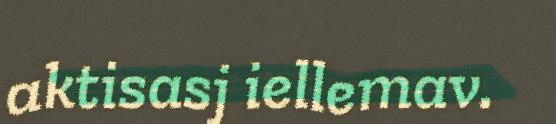
aktisasj iellemav.